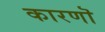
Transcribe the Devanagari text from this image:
कारणॊ